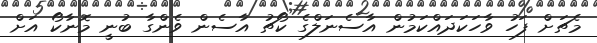
މެޗަށް ފަހު ވާހަކަދައްކަމުން އާސެނަލްގެ ކޯޗު އާސެން ވެންގާ ބުނީ މޮނާކޯ އަށް